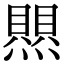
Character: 𤑄